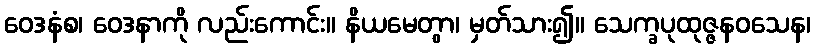
ဝေဒနံစ၊ ဝေဒနာကို လည်းကောင်း။ နိယမေတွာ၊ မှတ်သား၍။ သေက္ခပုထုဇ္ဇနဝသေန၊